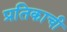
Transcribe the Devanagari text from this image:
प्रतिकाची